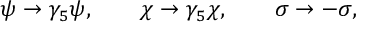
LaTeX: \psi \rightarrow \gamma _ { 5 } \psi , \qquad \chi \rightarrow \gamma _ { 5 } \chi , \qquad \sigma \rightarrow - \sigma ,